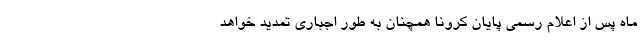
ماه پس از اعلام رسمی پایان کرونا همچنان به طور اجباری تمدید خواهد